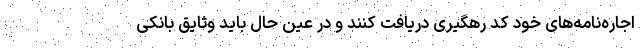
اجاره‌نامه‌های خود کد رهگیری دریافت کنند و در عین حال باید وثایق بانکی